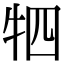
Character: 牭